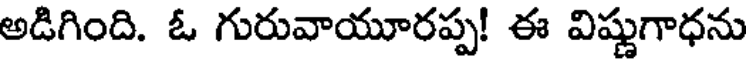
అడిగింది. ఓ గురువాయూరప్ప! ఈ విష్ణుగాధను